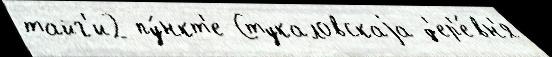
тайг'и2 пу́нкт'е Стукаловскаjа д'ер'е́вн'я